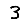
Digit: 3